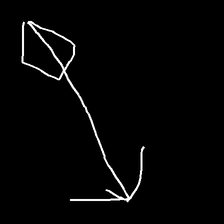
Glyph: focus